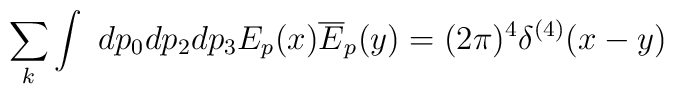
\sum\limits_{k}\int \ dp_{0}dp_{2}dp_{3}E_{p}(x)\overline{E}_{p}(y)=(2\pi)^{4}\delta ^{(4)}(x-y)